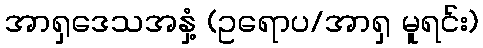
အာရှဒေသအနှံ့ (ဥရောပ/အာရှ မူရင်း)